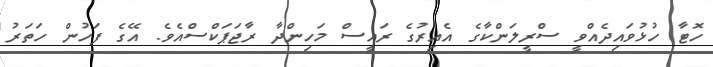
ހޮޓާ ހުޅުވައިދެއްވީ ސްރީލަންކާގެ އެއިރުގެ ރައީސް މަހިންދާ ރާޖަޕަކްސްއެވެ. އޭގެ ފަހުން ހަތަރު